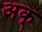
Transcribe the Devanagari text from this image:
अक्